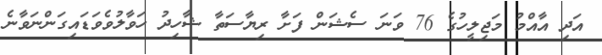
އަދި އާއްމު މަޖިލީހުގެ 76 ވަނަ ސެޝަން ފަށާ ރިޔާސަތާ ޝާހިދު ހަވާލުވެވަޑައިގަންނަވާނެ